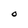
Character: O